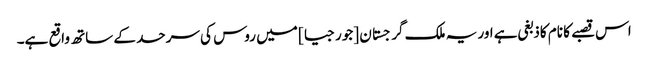
اس قصبے کا نام کاذبغی ہے اور یہ ملک گرجستان [جورجیا] میں روس کی سرحد کے ساتھ واقع ہے۔